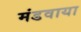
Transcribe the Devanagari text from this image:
मंडवाया